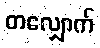
တလျှောက်